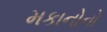
મકાનોનો